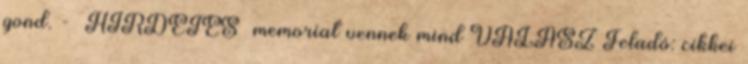
gond. - HIRDETES memoriat vennek mind VÁLASZ Feladó: cikkei